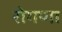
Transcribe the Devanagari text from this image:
रोगणा